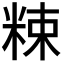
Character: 𥹵